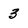
Character: 3